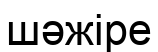
шәжіре